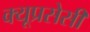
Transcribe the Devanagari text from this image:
क्यूप्रसेसी